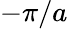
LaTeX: -\pi/a